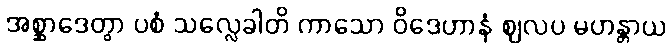
အစ္ဆာဒေတွာ ပစံ သလ္လေခါတိ ကာသော ဝိဒေဟာနံ ဈလပ မဟန္တာယ